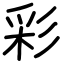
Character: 彩